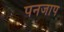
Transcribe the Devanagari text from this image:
पनजाप